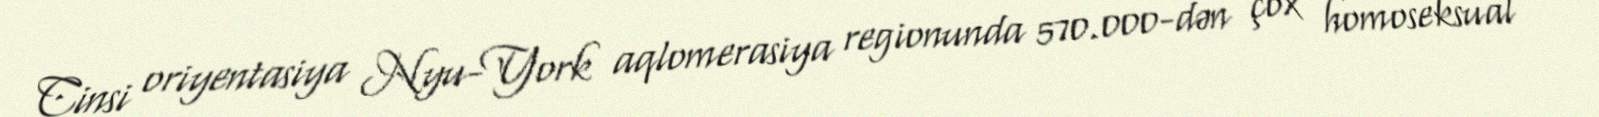
Cinsi oriyentasiya Nyu-York aqlomerasiya regionunda 570.000-dən çox homoseksual